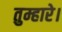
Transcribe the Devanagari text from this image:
तुम्हारे।